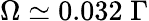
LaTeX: \Omega\simeq 0.032\; \Gamma